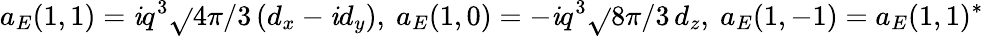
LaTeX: a_{E}(1,1)=\mathit{i}q^{3}\sqrt{}{{4\pi/3}}\, (d_{x}-\mathit{i}d_{y}),\ a_{E}(1,0)=-\mathit{i}q^{3}\sqrt{}{{8\pi/3}}\, d_{z},\ a_{E}(1,-1)=a_{E}(1,1)^{*}